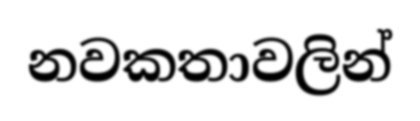
නවකතාවලින්